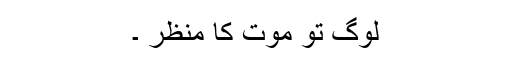
لوگ تو موت کا منظر ۔